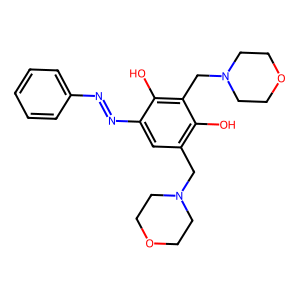
SMILES: Oc1c(CN2CCOCC2)cc(N=Nc2ccccc2)c(O)c1CN1CCOCC1
Inhibits HIV replication: No